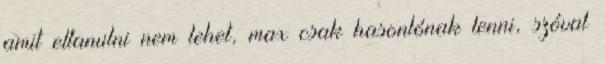
amit eltanulni nem lehet, max csak hasonlónak lenni, szóval